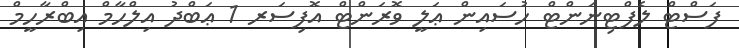
ފަސްޓް ލެފްޓިނަންޓް ހުސައިން ޢަލީ ވޮރަންޓް އޮފިސަރ 1 ޢަބްދު އިލްހާމް އިބްރާހީމް